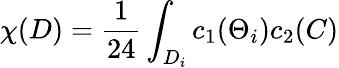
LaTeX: \chi(D)=\frac{1}{24}\int_{D_{i}}c_{1}(\Theta_{i})c_{2}(C)